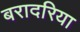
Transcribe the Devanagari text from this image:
बरादरिया